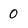
Character: 0